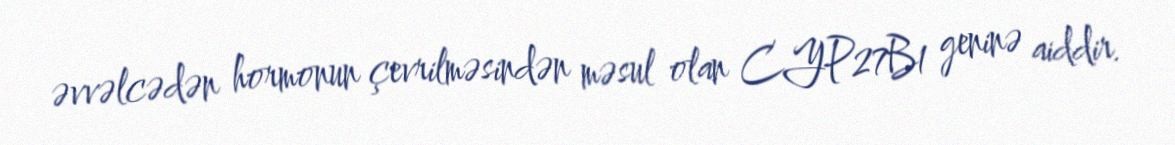
əvvəlcədən hormonun çevrilməsindən məsul olan CYP27B1 geninə aiddir.